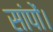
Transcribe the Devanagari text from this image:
सांपों।